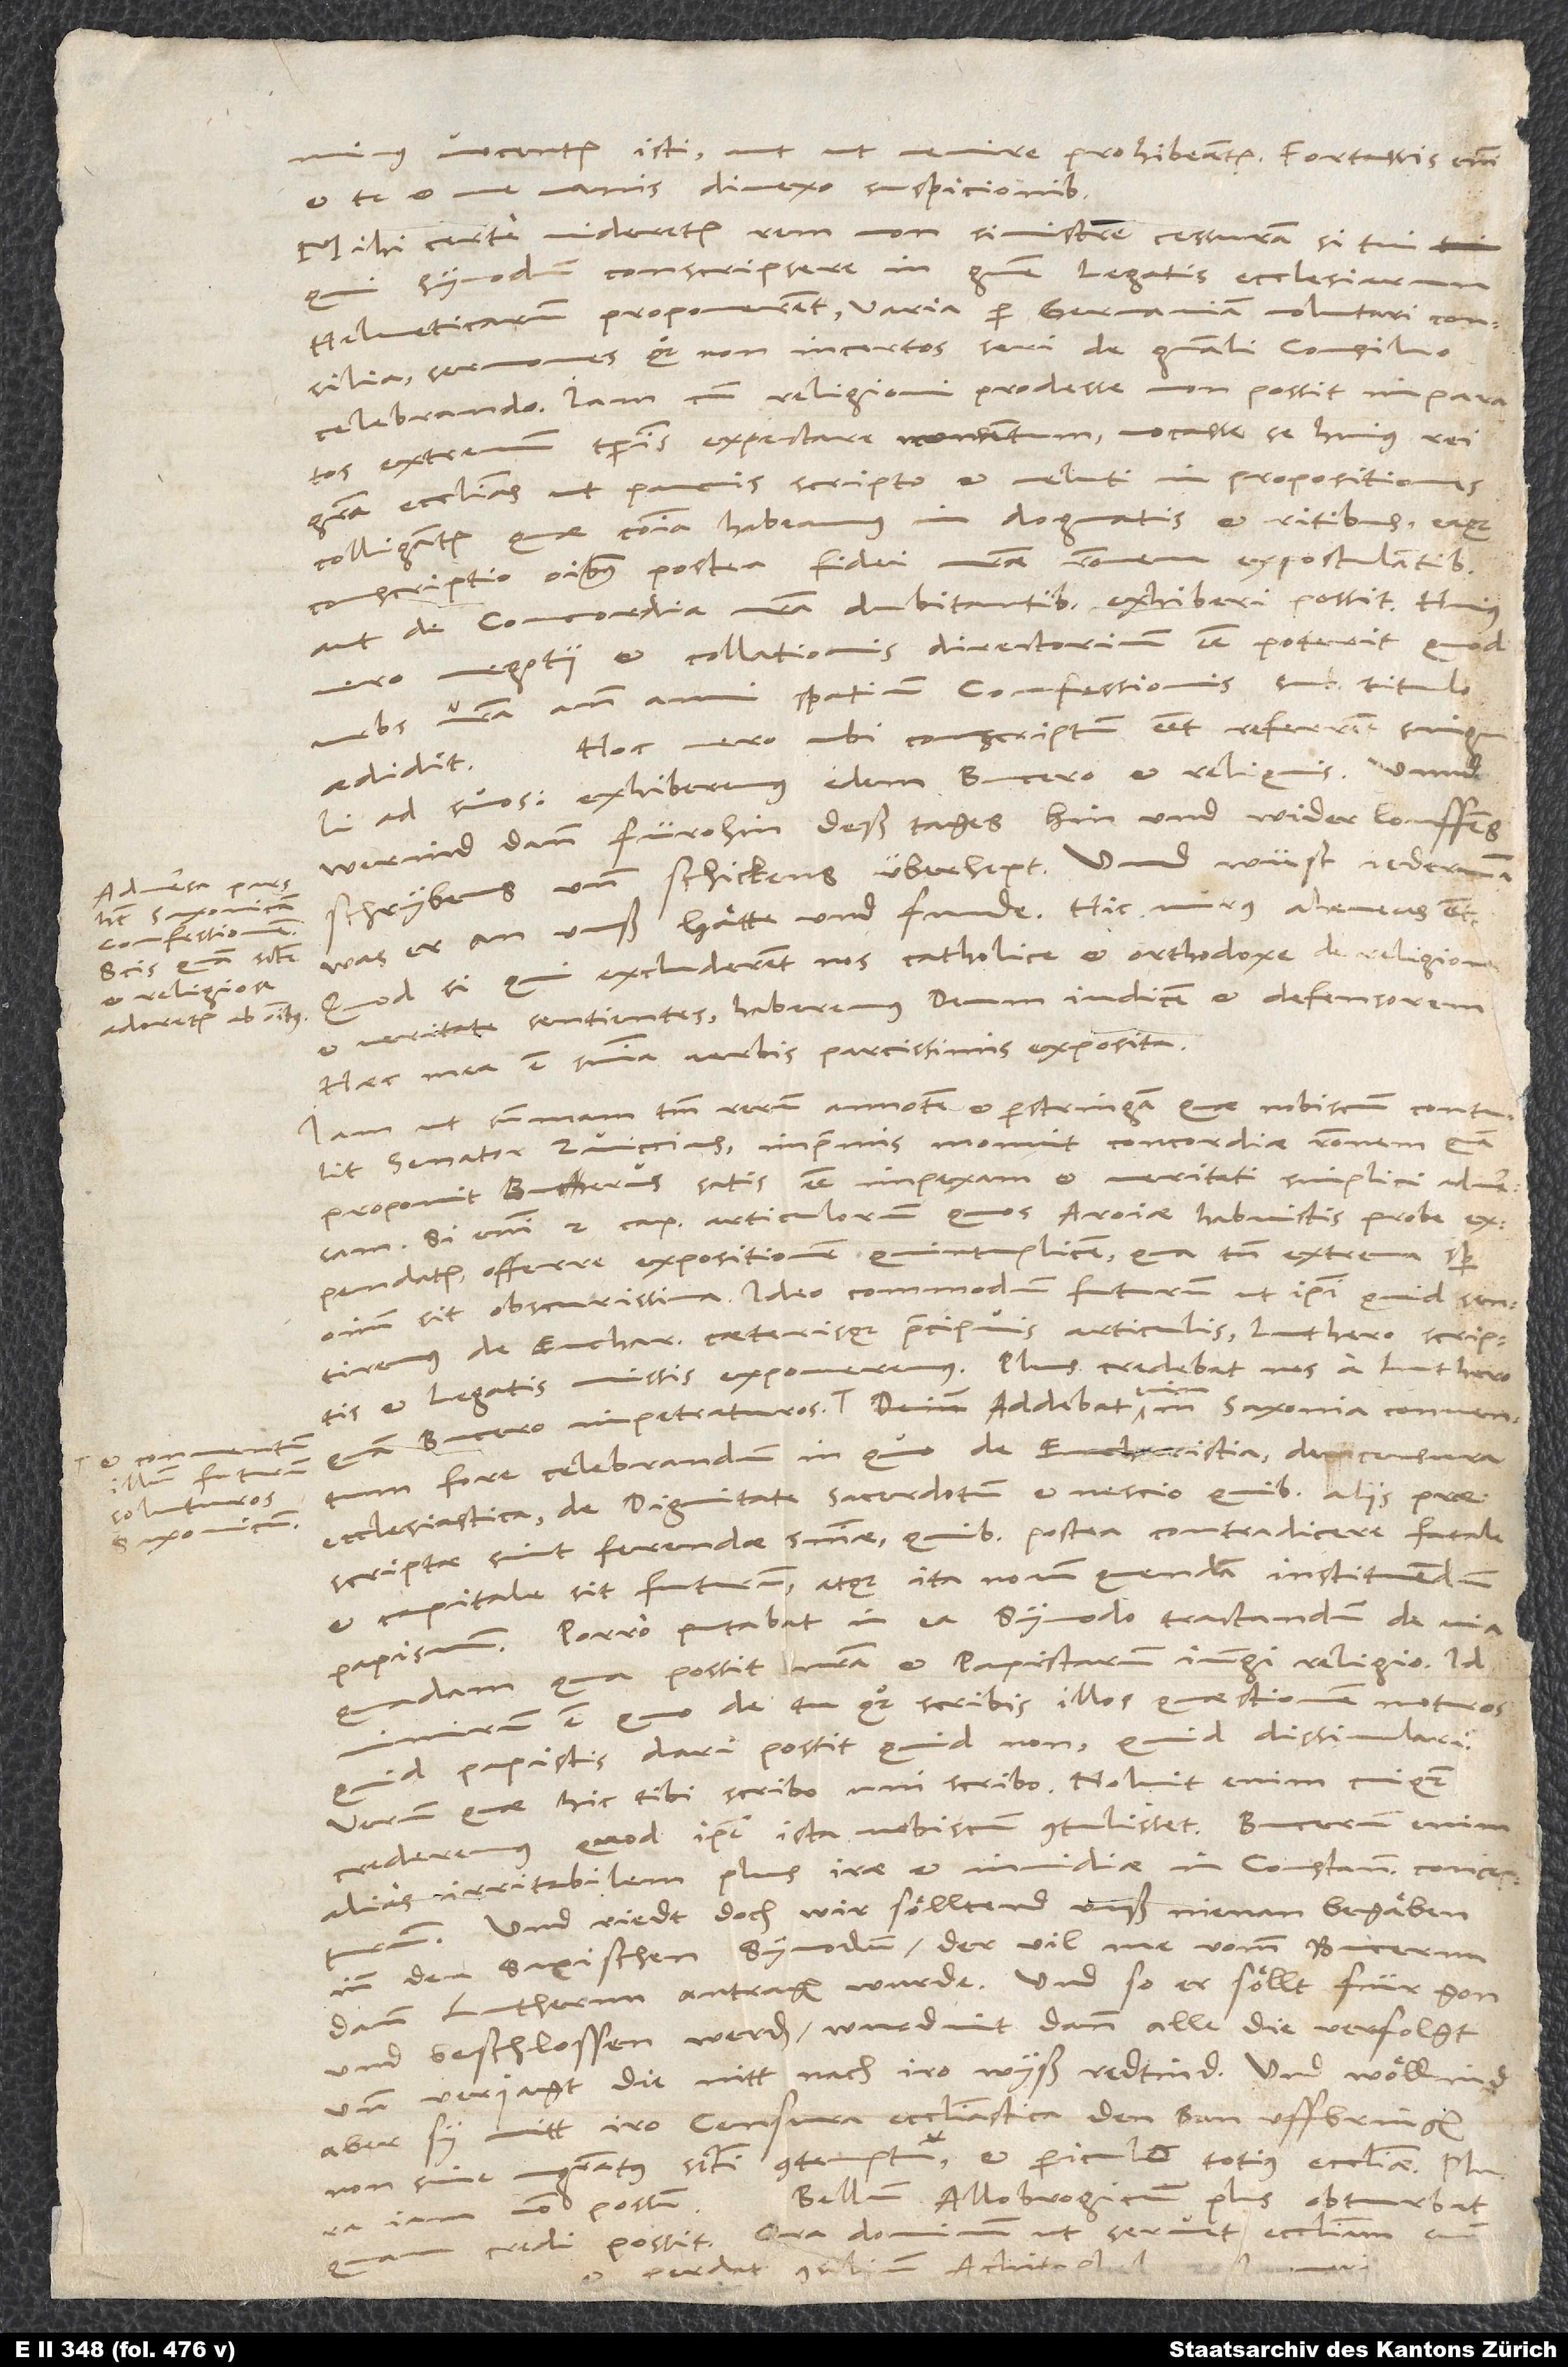
Adversa pars
habet Saxonicam
confessionem.
Scis, quam sancte
et religiose
adoretur ab omnibus.

vocentur isti aut ut venire prohibeantur. Fortassis enim
et te et me vanis divexo suspicionibus.
Mihi certe videretur rem non sinistre cessuram, si tui,
qui synodum conscripsere, in genere legatis ecclesiarum
Helveticarum proponerent varia per Germaniam volutari consilia,
sermones quoque non incertos seri de generali concilio
celebrando. Iam cum religioni prodesse non possit imparatos
extremum temporis expectare momentum, vocasse se huius rei
gratia ecclesias, ut paucis scripto et veluti in propositiones
colligantur, quae communia habeamus in dogmatis et ritibus, eaque
conscriptio omnibus postea fidei nostrae rationem expostulantibus
aut de concordia nostra dubitantibus exhiberi possit. Huius
vero negotii et collationis directorium esse poterit, quod
urbs vestra ante anni spatium confessionis sub titulo
Hoc vero ubi conscriptum esset, referrent singuli
aedidit.
ad suos, exhiberemus idem Bucero et reliquis und
werind dann fürohin deß tages, hin und wider louffens,
schrybens und schickens überhept, und wüst jederman,
was er an unß hätte und funde. Hic murus aheneus etc.
Quodsi qui excluderent nos catholice et orthodoxe de religione
et veritate sentientes, haberemus deum iudicem et defensorem.
Haec mea est sententia verbis parcissimis exposita.
Iam ut summam tantum rerum annotem et perstringam, quae nobiscum contulit
senator Zviccius, imprimis monuit concordiae rationem, quam
proponit Bucerus, satis esse impexam et veritati simplici adversam.
Si enim 2. caput articulorum, quos Aroiae habuistis, probe
expendatur, offerre expositionem quintuplicem, qua tamen extrema semper
omnium sit obscurissima. Ideo commodum futurum, ut ipsi, quid sentiremus
eucharistia caeterisque praecipuis articulis, Luthero scriptis
et legatis missis exponeremus. Plus credebat nos a Luthero
fore celebrandum, in quo de eucharistia, de censura
ecclesiastica, de dignitate sacerdotum et nescio quibus aliis praescriptae
ferendae sententiae, quibus postea contradicere fatale
et capitale sit futurum, atque ita novum quendam instituendum
papismum. Porro putabat in ea synodo tractandum de via
quadam, qua possit nostra et papistarum iungi religio. Id
nimirum est, quo de tu quoque scribis illos quaestionem moturos,
papistis dari possit, quid non, quid dissimulari.
Verum quae hic tibi scribo, uni scribo. Noluit enim, cuiquam
crederemus, quod ipse ista nobiscum contulisset. Bucerum enim
alias irritabilem plus irae et invidiae in Constantienses concepturum.
Und riedt doch, wir sölltend unß nienan begäben
in den saxischen synodum, der vil me vomm Bucernn
dann Luthernn antragen wurde. Und so er söllt für gon
und beschlossen werden, wurdint dann alle die verfolgt
und verjagt, die nitt nach iro wyß redtind. Und wöllind
aber sy mitt iro censura ecclesiastica den ban uffbringen
non sine magistratus sancti contemptu et periculo totius ecclesiae. Plura
Bellum Allobrogicum plus obturbat,
ut servet ecclesiam
credi possit. Ora dominum,
perdat consilium Achitophel.